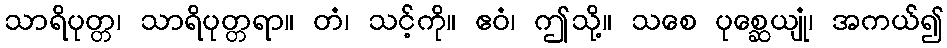
သာရိပုတ္တ၊ သာရိပုတ္တရာ။ တံ၊ သင့်ကို။ ဧဝံ၊ ဤသို့။ သစေ ပုစ္ဆေယျုံ၊ အကယ်၍